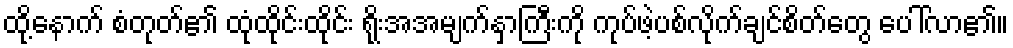
ထို့နောက် စံတုတ်၏ ထုံထိုင်းထိုင်း ရိုးအအမျက်နှာကြီးကို ကုပ်ဖဲ့ပစ်လိုက်ချင်စိတ်တွေ ပေါ်လာ၏။